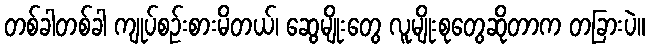
တစ်ခါတစ်ခါ ကျုပ်စဉ်းစားမိတယ်၊ ဆွေမျိုးတွေ လူမျိုးစုတွေဆိုတာက တခြားပဲ။